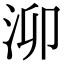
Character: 泖